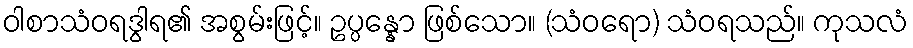
ဝါစာသံဝရဒွါရ၏ အစွမ်းဖြင့်။ ဥပ္ပန္နော ဖြစ်သော။ (သံဝရော) သံဝရသည်။ ကုသလံ